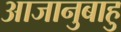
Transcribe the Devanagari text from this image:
आजानुबाहु